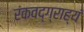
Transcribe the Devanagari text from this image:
रंकवद्ग्राह्यं